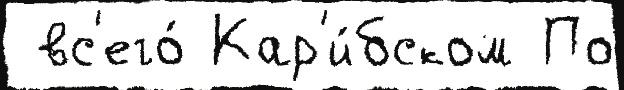
 вс'его́ Кар'и́бском По